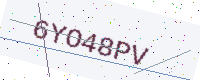
Text: 6YO48PV